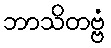
ဘာသိတဗ္ဗံ